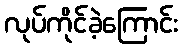
လုပ်ကိုင်ခဲ့ကြောင်း